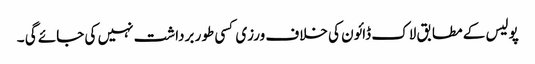
پولیس کے مطابق لاک ڈائون کی خلاف ورزی کسی طور برداشت نہیں کی جائے گی ۔